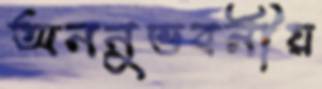
অননুভবনীয়